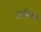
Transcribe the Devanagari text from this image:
अलग्रिडस